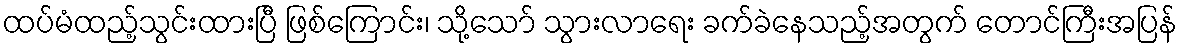
ထပ်မံထည့်သွင်းထားပြီ ဖြစ်ကြောင်း၊ သို့သော် သွားလာရေး ခက်ခဲနေသည့်အတွက် တောင်ကြီးအပြန်